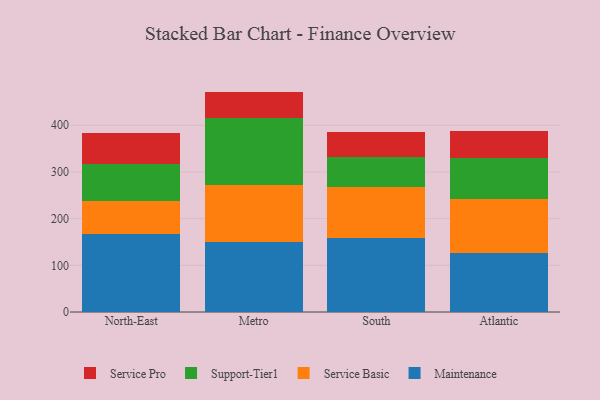
{"axis": {"x": "Region", "y": "Market Share (%)"}, "legend": ["Maintenance", "Service Basic", "Service Pro", "Support-Tier1"], "data": [{"x": "North-East", "y": 166.6, "type": "Maintenance"}, {"x": "North-East", "y": 70.5, "type": "Service Basic"}, {"x": "North-East", "y": 79.8, "type": "Support-Tier1"}, {"x": "North-East", "y": 65.5, "type": "Service Pro"}, {"x": "Metro", "y": 150.0, "type": "Maintenance"}, {"x": "Metro", "y": 121.9, "type": "Service Basic"}, {"x": "Metro", "y": 144.6, "type": "Support-Tier1"}, {"x": "Metro", "y": 55.6, "type": "Service Pro"}, {"x": "South", "y": 158.3, "type": "Maintenance"}, {"x": "South", "y": 110.2, "type": "Service Basic"}, {"x": "South", "y": 64.0, "type": "Support-Tier1"}, {"x": "South", "y": 52.7, "type": "Service Pro"}, {"x": "Atlantic", "y": 126.7, "type": "Maintenance"}, {"x": "Atlantic", "y": 116.4, "type": "Service Basic"}, {"x": "Atlantic", "y": 86.7, "type": "Support-Tier1"}, {"x": "Atlantic", "y": 58.9, "type": "Service Pro"}]}